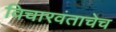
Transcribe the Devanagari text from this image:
विचारवंताचेच